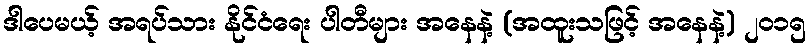
ဒါပေမယ့် အရပ်သား နိုင်ငံရေး ပါတီများ အနေနဲ့ (အထူးသဖြင့် အနေနဲ့) ၂၀၁၅